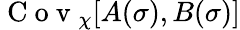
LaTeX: \mathrm{~C~o~v~}_{\chi}[A(\sigma),B(\sigma)]